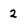
Character: 2